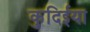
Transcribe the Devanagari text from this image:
कुदिईया